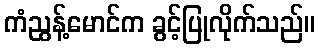
ကံညွန့်မောင်က ခွင့်ပြုလိုက်သည်။